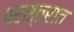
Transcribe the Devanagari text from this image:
प्रस्तरात